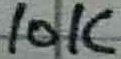
Text: 10K